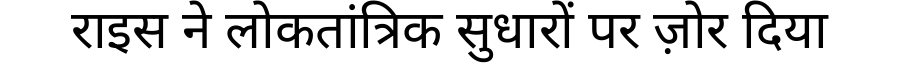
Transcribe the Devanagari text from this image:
राइस ने लोकतांत्रिक सुधारों पर ज़ोर दिया